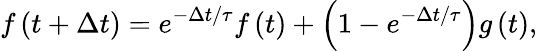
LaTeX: f\left({t+\Delta t}\right)=e^{-\Delta t/\tau}f\left(t\right)+\left({1-e^{-\Delta t/\tau}}\right)g\left(t\right),